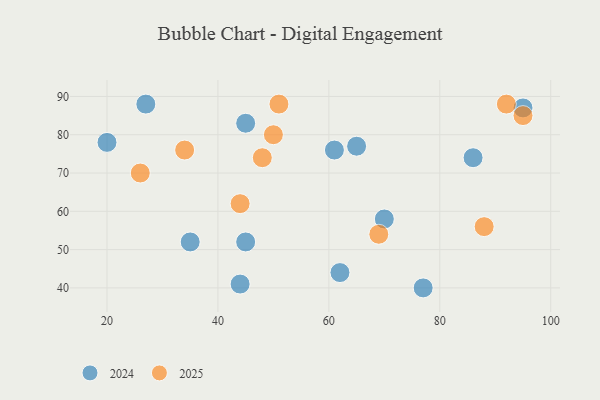
{"axis": {"x": "GDP", "y": "Life Expectancy"}, "legend": ["2024", "2025"], "data": [{"x": "48", "y": 74, "type": "2025"}, {"x": "50", "y": 80, "type": "2025"}, {"x": "95", "y": 85, "type": "2025"}, {"x": "69", "y": 54, "type": "2025"}, {"x": "92", "y": 88, "type": "2025"}, {"x": "34", "y": 76, "type": "2025"}, {"x": "88", "y": 56, "type": "2025"}, {"x": "44", "y": 62, "type": "2025"}, {"x": "51", "y": 88, "type": "2025"}, {"x": "26", "y": 70, "type": "2025"}, {"x": "62", "y": 44, "type": "2024"}, {"x": "20", "y": 78, "type": "2024"}, {"x": "45", "y": 52, "type": "2024"}, {"x": "44", "y": 41, "type": "2024"}, {"x": "86", "y": 74, "type": "2024"}, {"x": "35", "y": 52, "type": "2024"}, {"x": "45", "y": 83, "type": "2024"}, {"x": "27", "y": 88, "type": "2024"}, {"x": "95", "y": 87, "type": "2024"}, {"x": "65", "y": 77, "type": "2024"}, {"x": "70", "y": 58, "type": "2024"}, {"x": "77", "y": 40, "type": "2024"}, {"x": "61", "y": 76, "type": "2024"}]}